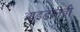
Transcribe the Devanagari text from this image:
आइडोलेत्री